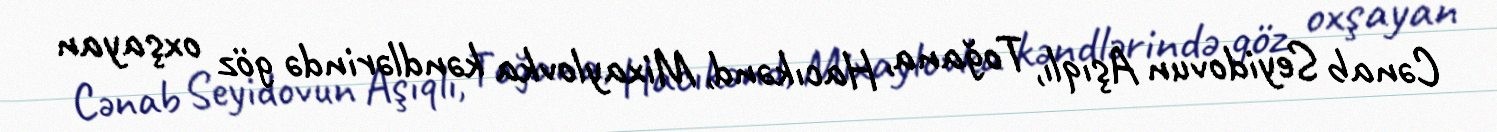
Cənab Seyidovun Aşıqlı, Toğana, Hacıkənd, Mixaylovka kəndlərində göz oxşayan